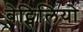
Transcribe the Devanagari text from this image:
बेट्सिलियो